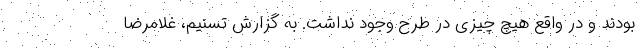
بودند و در واقع هیچ چیزی در طرح وجود نداشت. به گزارش تسنیم، غلامرضا